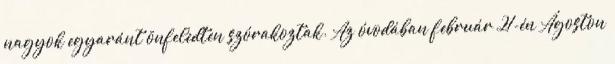
nagyok egyaránt önfeledten szórakoztak. Az óvodában február 21-én Ágoston